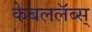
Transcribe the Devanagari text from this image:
केबललॅब्स्